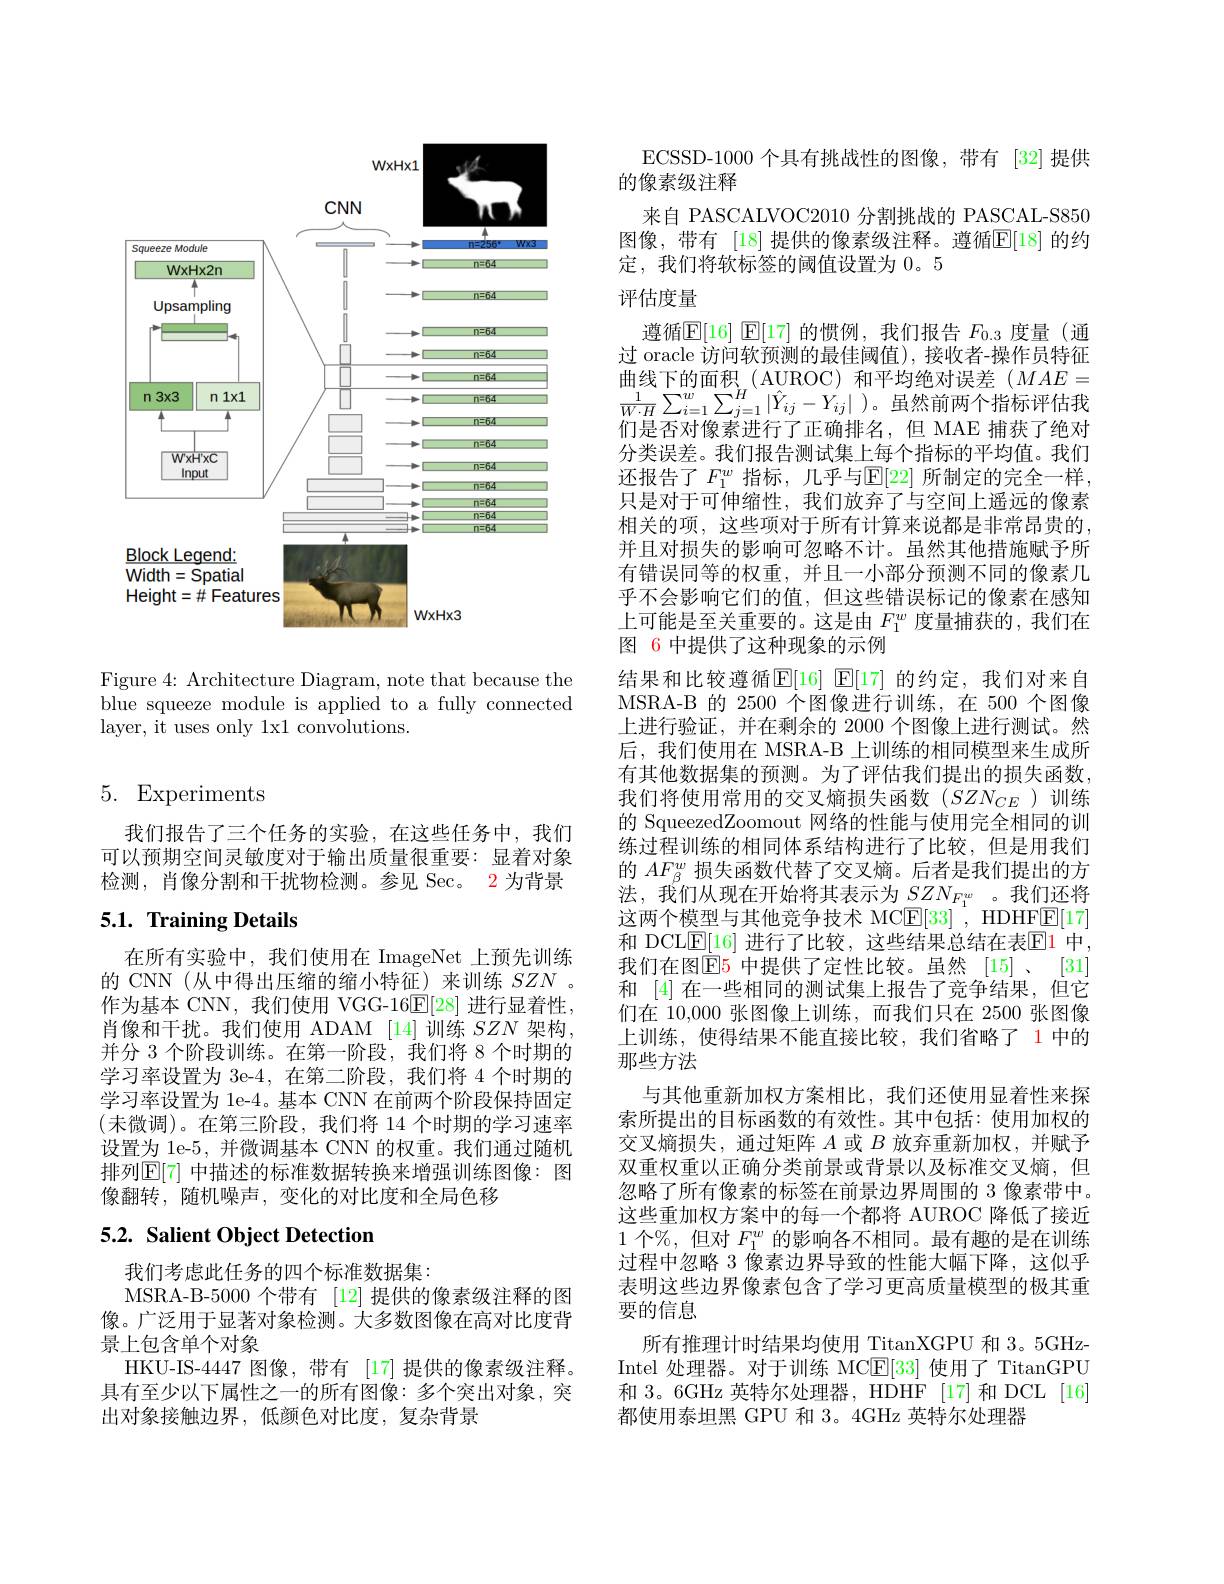
<FigureHere>

Figure 4: Architecture Diagram, note that because the blue squeeze module is applied to a fully connected layer, it uses only 1x1 convolutions.

## 5. Experiments

我们报告了三个任务的实验，在这些任务中，我们可以预期空间灵敏度对于输出质量很重要：显着对象检测，肖像分割和干扰物检测。参见 Sec。2 为背景

## 5.1. Training Details

在所有实验中，我们使用在 ImageNet 上预先训练的 CNN (从中得出压缩的缩小特征)来训练$SZN$ 。作为基本 CNN, 我们使用 VGG-16$\underline{\mathrm{E}}[28]$进行显着性， 肖像和干扰。我们使用 ADAM [14]训练$SZN$架构， 并分 3 个阶段训练。在第一阶段，我们将 8 个时期的学习率设置为 3e-4,在第二阶段，我们将 4 个时期的学习率设置为 1e-4。基本 CNN 在前两个阶段保持固定(未微调)。在第三阶段，我们将 14 个时期的学习速率设置为 1e-5, 并微调基本 CNN 的权重。我们通过随机排列$\mathbb{E}[7]$ 中描述的标准数据转换来增强训练图像：图像翻转，随机噪声，变化的对比度和全局色移

## 5.2. Salient Object Detection

我们考虑此任务的四个标准数据集：
MSRA-B-5000 个带有 [12]提供的像素级注释的图像。广泛用于显著对象检测。大多数图像在高对比度背景上包含单个对象
HKU-IS-4447 图像，带有 [17] 提供的像素级注释。具有至少以下属性之一的所有图像：多个突出对象，突出对象接触边界，低颜色对比度，复杂背景

ECSSD-1000 个具有挑战性的图像，带有 [32]提供
的像素级注释
来自 PASCALVOC2010 分割挑战的 PASCAL-S850图像，带有 [18] 提供的像素级注释。遵循$\mathbb{E}[18]$ 的约定，我们将软标签的阈值设置为 0。5

## 评估度量

上可能是至关重要的。这是由$F_{1}^w$度量捕获的，我们在
图 6 中提供了这种现象的示例

遵循$\mathbb{E}[16]$ $\mathbb{E}[17]$的惯例，我们报告$F_{0.3}$度量(通过 oracle 访问软预测的最佳阈值),接收者-操作员特征曲线下的面积$_{u}($AUROC)和平均绝对误差$(MAE=$ $\frac{1}{W\cdot H}\sum_{i=1}^{w}\sum_{j=1}^{H}\left|\hat{Y}_{ij}-Y_{ij}\right|$)。虽然前两个指标评估我们是否对像素进行了正确排名，但 MAE 捕获了绝对分类误差。我们报告测试集上每个指标的平均值。我们还报告了$F_1^w$ 指标，几乎与$\mathbb{E}[22]$ 所制定的完全一样， 只是对于可伸缩性，我们放弃了与空间上遥远的像素相关的项，这些项对于所有计算来说都是非常昂贵的， 并且对损失的影响可忽略不计。虽然其他措施赋予所有错误同等的权重，并且一小部分预测不同的像素几乎不会影响它们的值，但这些错误标记的像素在感知结果和比较遵循$\mathbb{E}[16]$ $\mathbb{E}[17]$ 的约定，我们对来自MSRA-B 的 2500 个图像进行训练，在 500 个图像上进行验证，并在剩余的 2000 个图像上进行测试。然后，我们使用在 MSRA-B 上训练的相同模型来生成所有其他数据集的预测。为了评估我们提出的损失函数， $我们将使用常用的交叉熵损失函数(SZN_{CE})训练$ 的 SqueezedZoomout 网络的性能与使用完全相同的训练过程训练的相同体系结构进行了比较，但是用我们的$AF_{\beta}^w$损失函数代替了交叉熵。后者是我们提出的方法，我们从现在开始将其表示为$SZN_{F_1^w}$ 。我们还将这两个模型与其他竞争技术 MC$\underline{\mathrm{E}}[33]$, HDHFE[17] 和 DCL$\underline{\mathrm{E}}[16]$ 进行了比较，这些结果总结在表$\underline{\mathrm{E}}1$ 中， 我们在图$\color{red}{\mathrm{E}}\color{blue}{\mathrm{5}}$ 中提供了定性比较。虽然 [15] 、$\color{red}{\mathrm{3}}\color{red}{\mathrm{3}}\color{red}{\mathrm{5}}$ 和 [4] 在一些相同的测试集上报告了竞争结果，但它们在 10,000 张图像上训练，而我们只在 2500 张图像上训练，使得结果不能直接比较，我们省略了 1 中的那些方法
与其他重新加权方案相比，我们还使用显着性来探索所提出的目标函数的有效性。其中包括：使用加权的交叉熵损失，通过矩阵$A$或$B$放弃重新加权，并赋予双重权重以正确分类前景或背景以及标准交叉熵，但忽略了所有像素的标签在前景边界周围的 3 像素带中。这些重加权方案中的每一个都将 AUROC 降低了接近1 个%, 但对$F_{1}^{w}$的影响各不相同。最有趣的是在训练过程中忽略 3 像素边界导致的性能大幅下降，这似乎表明这些边界像素包含了学习更高质量模型的极其重要的信息
所有推理计时结果均使用 TitanXGPU 和 3。5GHzIntel 处理器。对于训练 MC$\boxed{\mathrm{F}}[33]$使用了 TitanGPU 和 3。6GHz 英特尔处理器，HDHF [17]和 DCL [16] 都使用泰坦黑 GPU 和 3。4GHz 英特尔处理器